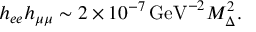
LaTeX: h _ { e e } h _ { \mu \mu } \sim 2 \times 1 0 ^ { - 7 } \, \mathrm { G e V } ^ { - 2 } M _ { \Delta } ^ { 2 } .